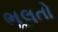
ભૂલતો